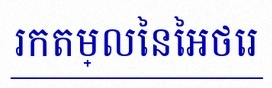
រកតម្លៃនៃអថេរ